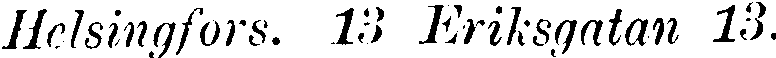
Helsingfors. 13 Eriksgatan 13.